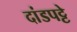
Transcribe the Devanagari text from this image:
दांडपट्टे